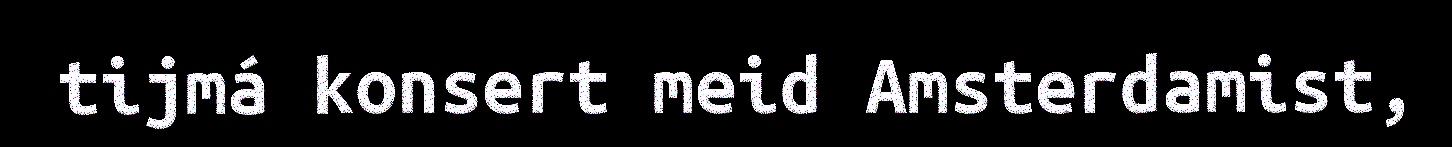
tijmá konsert meid Amsterdamist,